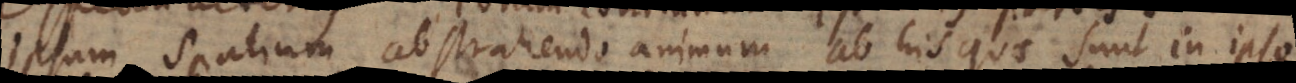
ipsum spatium abstrahendo animum ab his quae sunt in ipso.